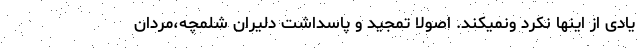
یادی از اینها نکرد ونمیکند. اصولا تمجید و پاسداشت دلیران شلمچه،مردان